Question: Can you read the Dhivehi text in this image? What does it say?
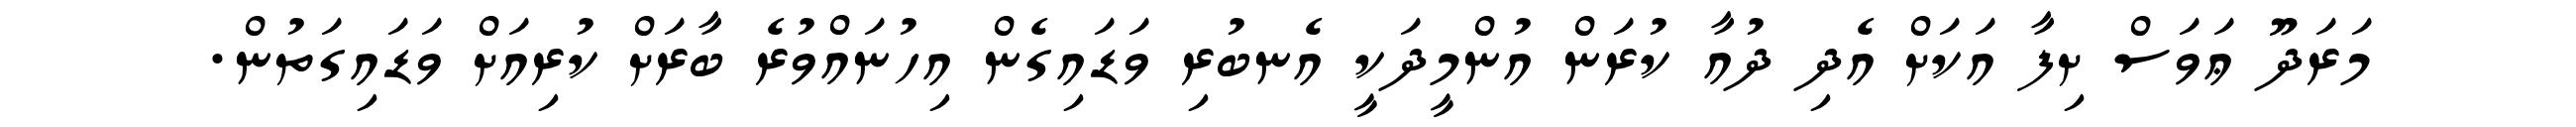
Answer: މަރަދޫ ޢަވަސް ށިފާ އަކަށް އެދި ދުއާ ކުރަން އުންމީދަކީ އެނބުރި ވަޑައިގެން އިހުނައްވުރެ ބާރަށް ކުރިއަށް ވަޑައިގަތުން.